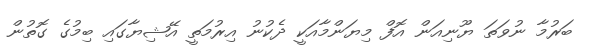
ބަރުމާ ނުވަތަ ޔޫނިއަން އޮފް މިޔަންމާއަކީ ދެކުނު އިރުމަތީ އޭޝިޔާގައި ބިމުގެ ގޮތުން